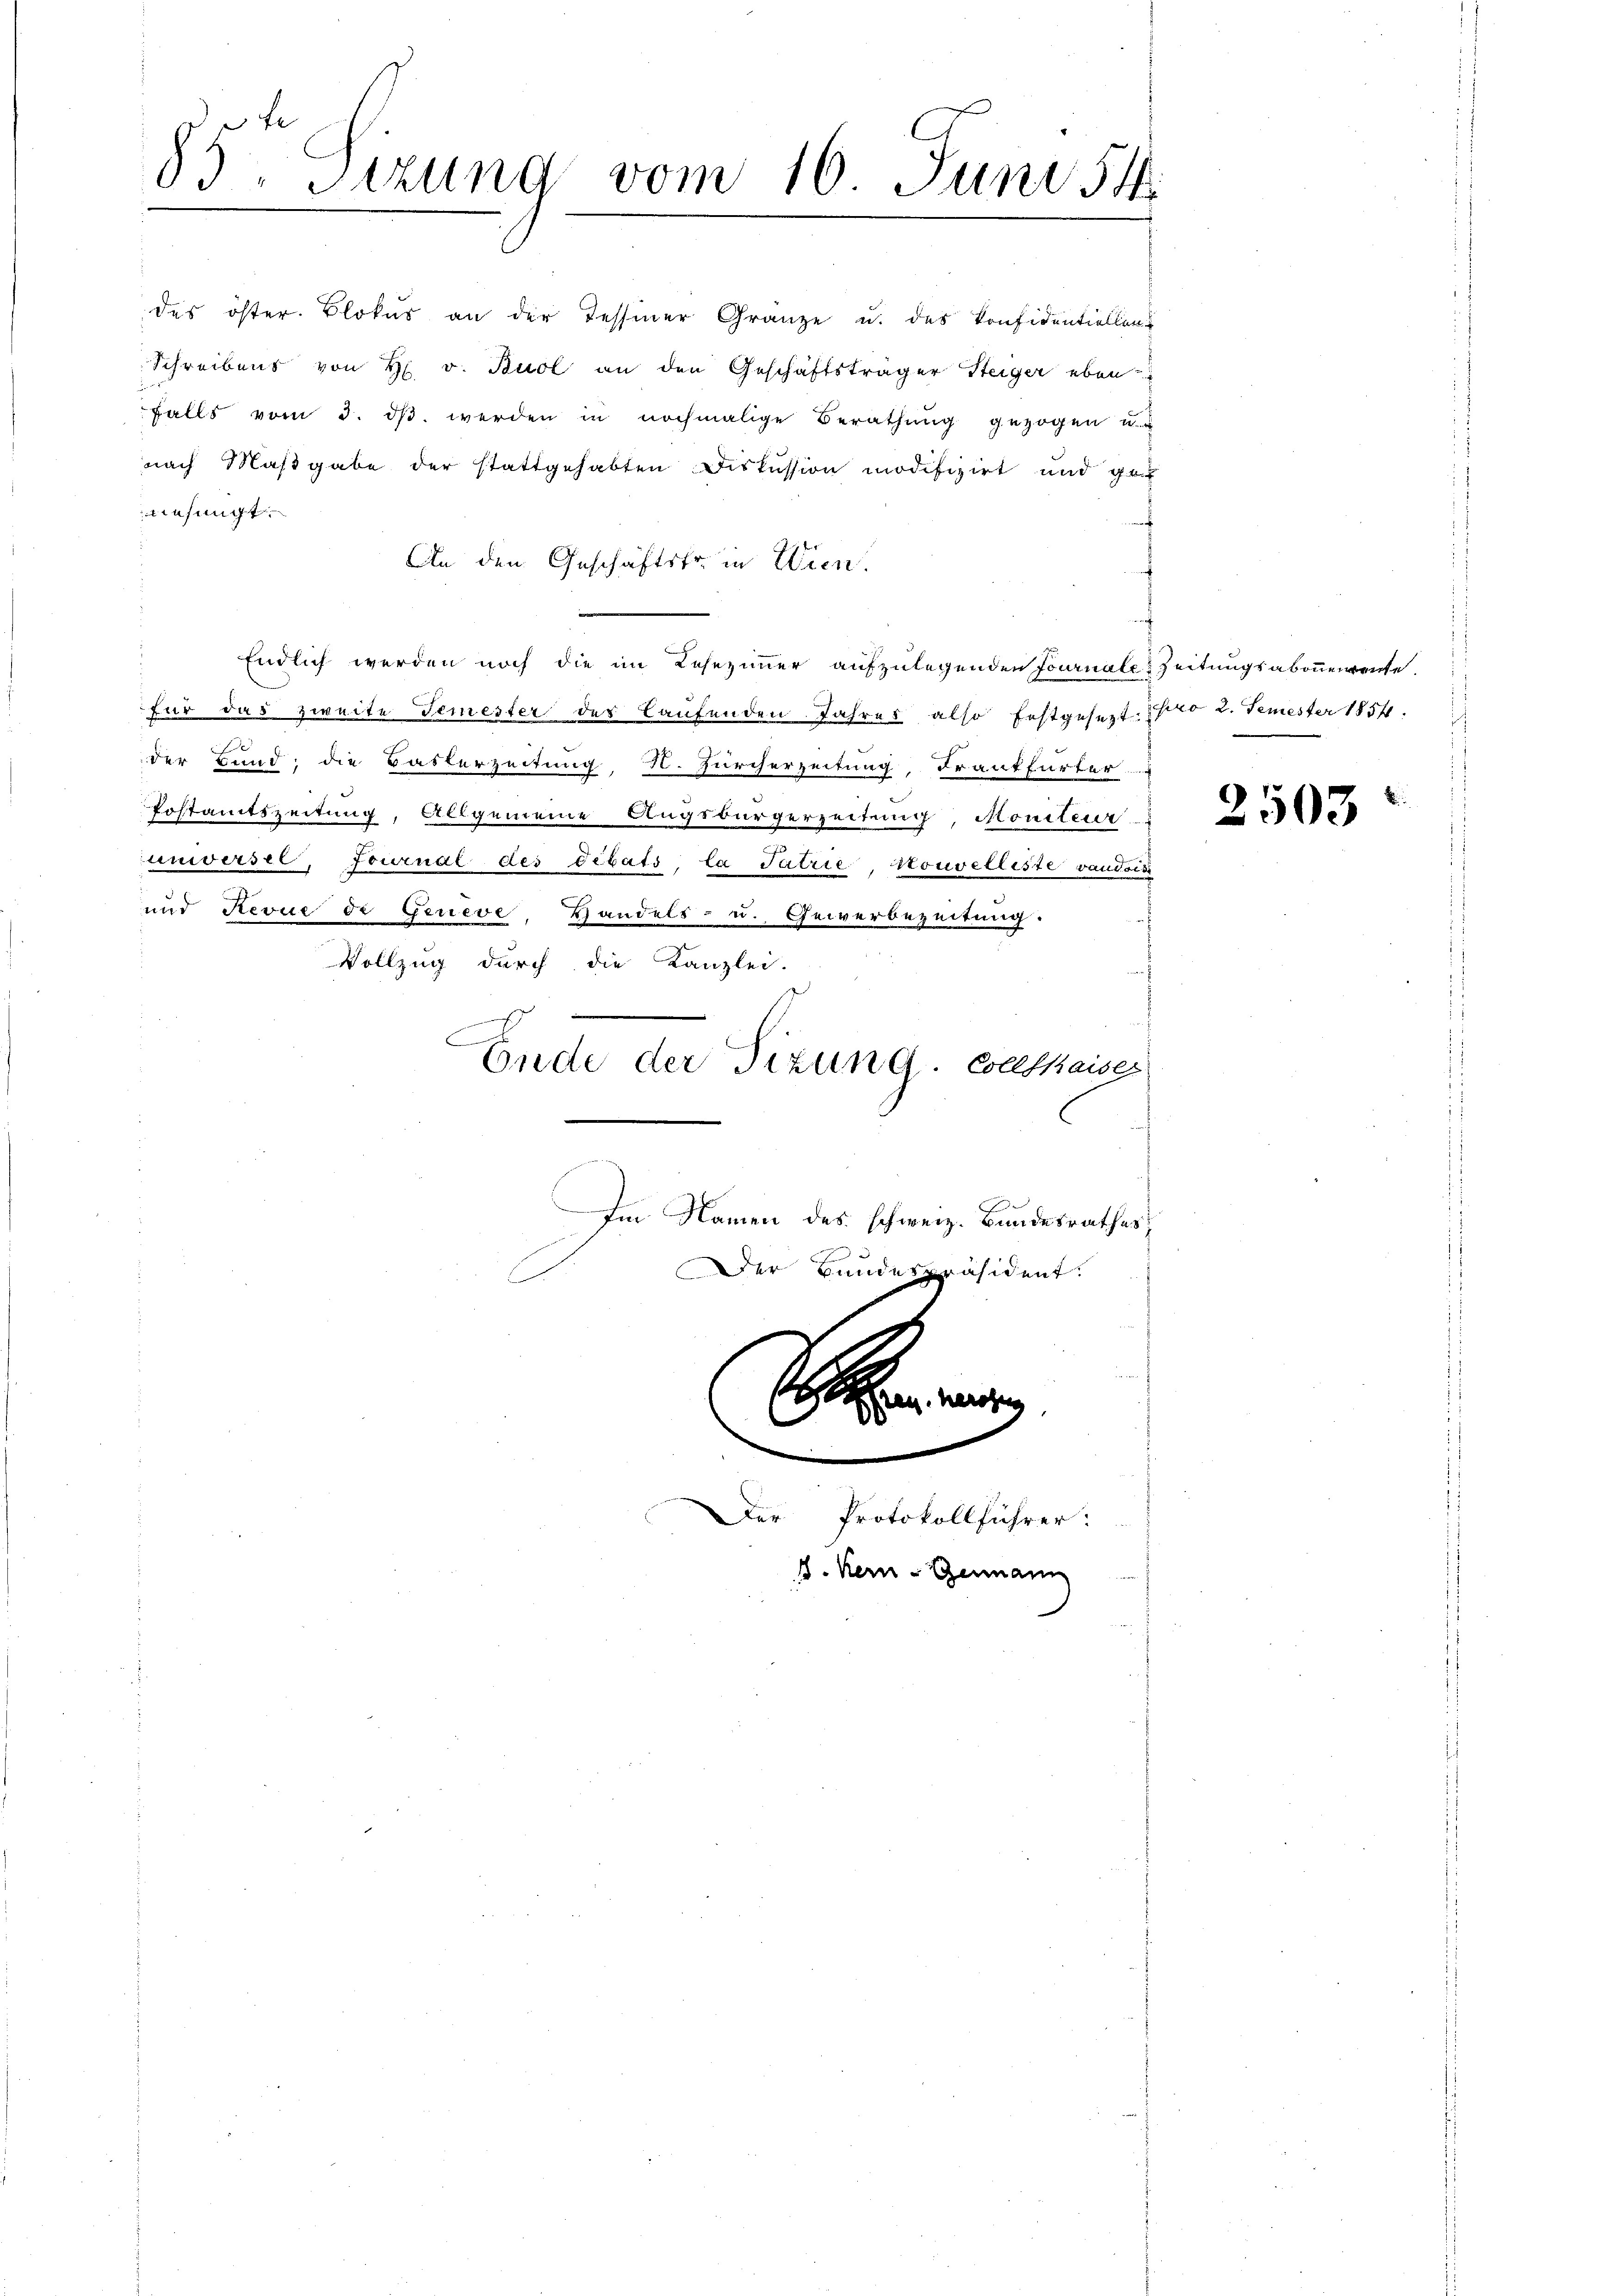
85. Sizung vom 16. Juni 54.

ufungt.
für das zweite Temester des Laufenden. Jahres also festgesezt. No 2. Femester 1854.
der Bund, die Basterzeitung, N. Zürcherzeitung, Frankfurter
Postamtszeitung, Allgemeine Augsbürgerzeitung, Moniteur
unwersel, Journal des Debats, la Patrie, souvelliste vaudois
und Revue di Geneve, Handels- u. Gewerbezeitung.
Vollzug durch die Kanzlei.
Ende der Titung. Collhaiser

des öster. Blokus an der Tessiner Gränze u. des Konfidentiellen
Schreibens von H. v. Buol an den Geschäftsträger Steiger eben-
falls vom 3. dβ werden in nochmalige Berathung gezogen u. u
nach Maßgabe der stattgehabten Fiskussion modifizirt und ge¬
An den Geschäftstr. in Wien.
Endlich werden noch die im Lesezimmer aufzulegenden Journale Zeitungsabonnenrente

Im Namen des schweiz. Bundesrathes
Der Bundespräsident.

Der Protokollführer:
d. Kern - Genann

berose

2503